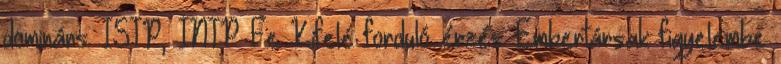
domináns: ISTP, INTP Fe Kifelé forduló érzés: Embertársak figyelembe